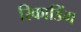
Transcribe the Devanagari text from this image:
रिकाडिंग